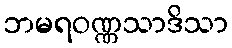
ဘမရဝဏ္ဏသာဒိသာ